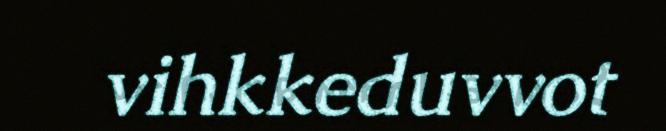
vihkkeduvvot